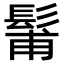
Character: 𩭗